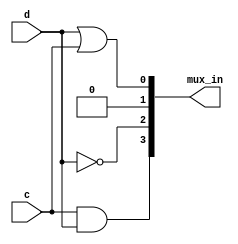
// See problem at: https://hdlbits.01xz.net/wiki/Exams/ece241_2014_q3

module top_module (
    input c,
    input d,
    output [3:0] mux_in
); 

    assign mux_in[0] = d | c;
    assign mux_in[1] = 0;
    assign mux_in[3] = c & d;
    assign mux_in[2] = ~d;

    
endmodule